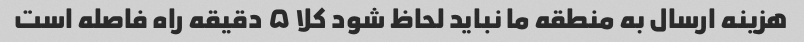
هزینه ارسال به منطقه ما نباید لحاظ شود کلا ۵ دقیقه راه فاصله است